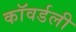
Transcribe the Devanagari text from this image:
कॉवर्डली